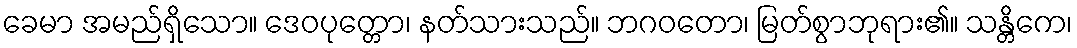
ခေမာ အမည်ရှိသော။ ဒေဝပုတ္တော၊ နတ်သားသည်။ ဘဂဝတော၊ မြတ်စွာဘုရား၏။ သန္တိကေ၊